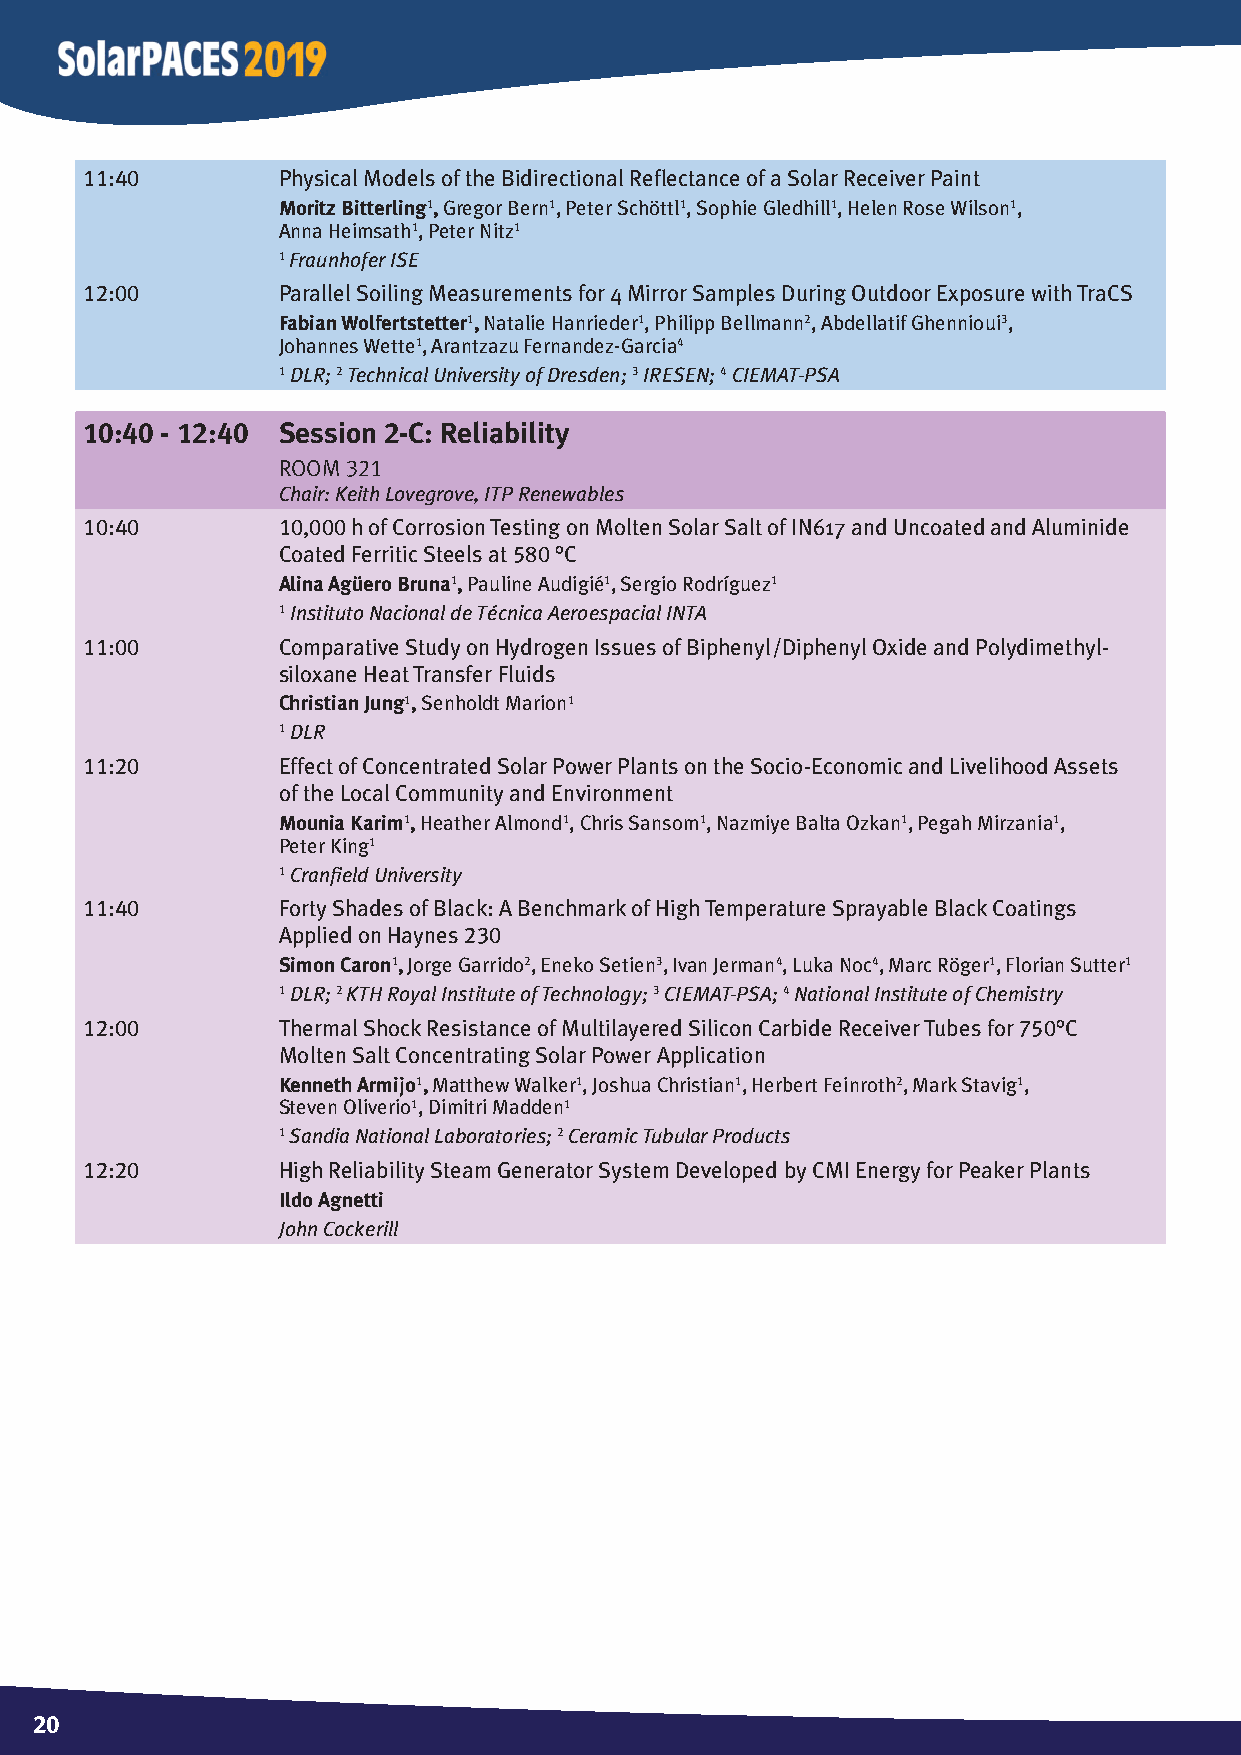
11:40        Physical Models of the Bidirectional Refl ectance of a Solar Receiver Paint
 Moritz Bitterling1, Gregor Bern1, Peter Schöttl1, Sophie Gledhill1, Helen Rose Wilson1,
 Anna Heimsath1, Peter Nitz1
 1 Fraunhofer ISE
 12:00        Parallel Soiling Measurements for 4 Mirror Samples During Outdoor Exposure with TraCS
 Fabian Wolfertstetter1, Natalie Hanrieder1, Philipp Bellmann2, Abdellatif Ghennioui3,
 Johannes Wette1, Arantzazu Fernandez-Garcia4
 1 DLR; 2 Technical University of Dresden; 3 IRESEN; 4 CIEMAT-PSA
 10:40 - 12:40 Session 2-C: Reliability
 Room 321
 Chair: Keith Lovegrove, ITP Renewables
 10:40        10,000 h of Corrosion Testing on Molten Solar Salt of IN617 and Uncoated and Aluminide
 Coated Ferritic Steels at 580 °C
 Alina Agüero Bruna1, Pauline Audigié1, Sergio Rodríguez1
 1 Instituto Nacional de Técnica Aeroespacial INTA
 11:00        Comparative Study on Hydrogen Issues of Biphenyl/Diphenyl Oxide and Polydimethyl-
 siloxane Heat Transfer Fluids
 Christian Jung1, Senholdt Marion1
 1 DLR
 11:20        Effect of Concentrated Solar Power Plants on the Socio-Economic and Livelihood Assets
 of the Local Community and Environment
 Mounia Karim1, Heather Almond1, Chris Sansom1, Nazmiye Balta Ozkan1, Pegah Mirzania1,
 Peter King1
 1 Cranfi eld University
 11:40        Forty Shades of Black: A Benchmark of High Temperature Sprayable Black Coatings
 Applied on Haynes 230
 Simon Caron1, Jorge Garrido2, Eneko Setien3, Ivan Jerman4, Luka Noc4, Marc Röger1, Florian Sutter1
 1 DLR; 2 KTH Royal Institute of Technology; 3 CIEMAT-PSA; 4 National Institute of Chemistry
 12:00        Thermal Shock Resistance of Multilayered Silicon Carbide Receiver Tubes for 750°C
 Molten Salt Concentrating Solar Power Application
 Kenneth Armijo1, Matthew Walker1, Joshua Christian1, Herbert Feinroth2, Mark Stavig1,
 Steven Oliverio1, Dimitri Madden1
 1 Sandia National Laboratories; 2 Ceramic Tubular Products
 12:20        High Reliability Steam Generator System Developed by CMI Energy for Peaker Plants
 Ildo Agnetti
 John Cockerill
 20